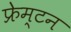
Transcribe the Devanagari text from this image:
फ्रेम्टन